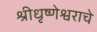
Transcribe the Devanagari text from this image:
श्रीधृष्णेश्वराचे